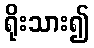
ရိုးသား၍